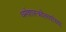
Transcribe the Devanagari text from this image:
धर्मशास्त्रवेत्त्यांच्या